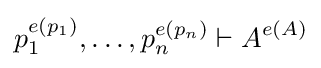
p_{1}^{e(p_{1})},\dots ,p_{n}^{e(p_{n})}\vdash A^{e(A)}